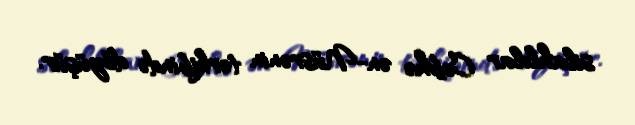
silahlılar Cəbhə ən-Nüsrənin tərkibində döyüşür.